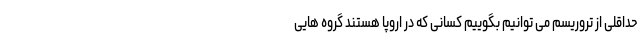
حداقلی از تروریسم می توانیم بگوییم کسانی که در اروپا هستند گروه هایی